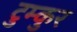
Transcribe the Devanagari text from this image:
टुम्कुर